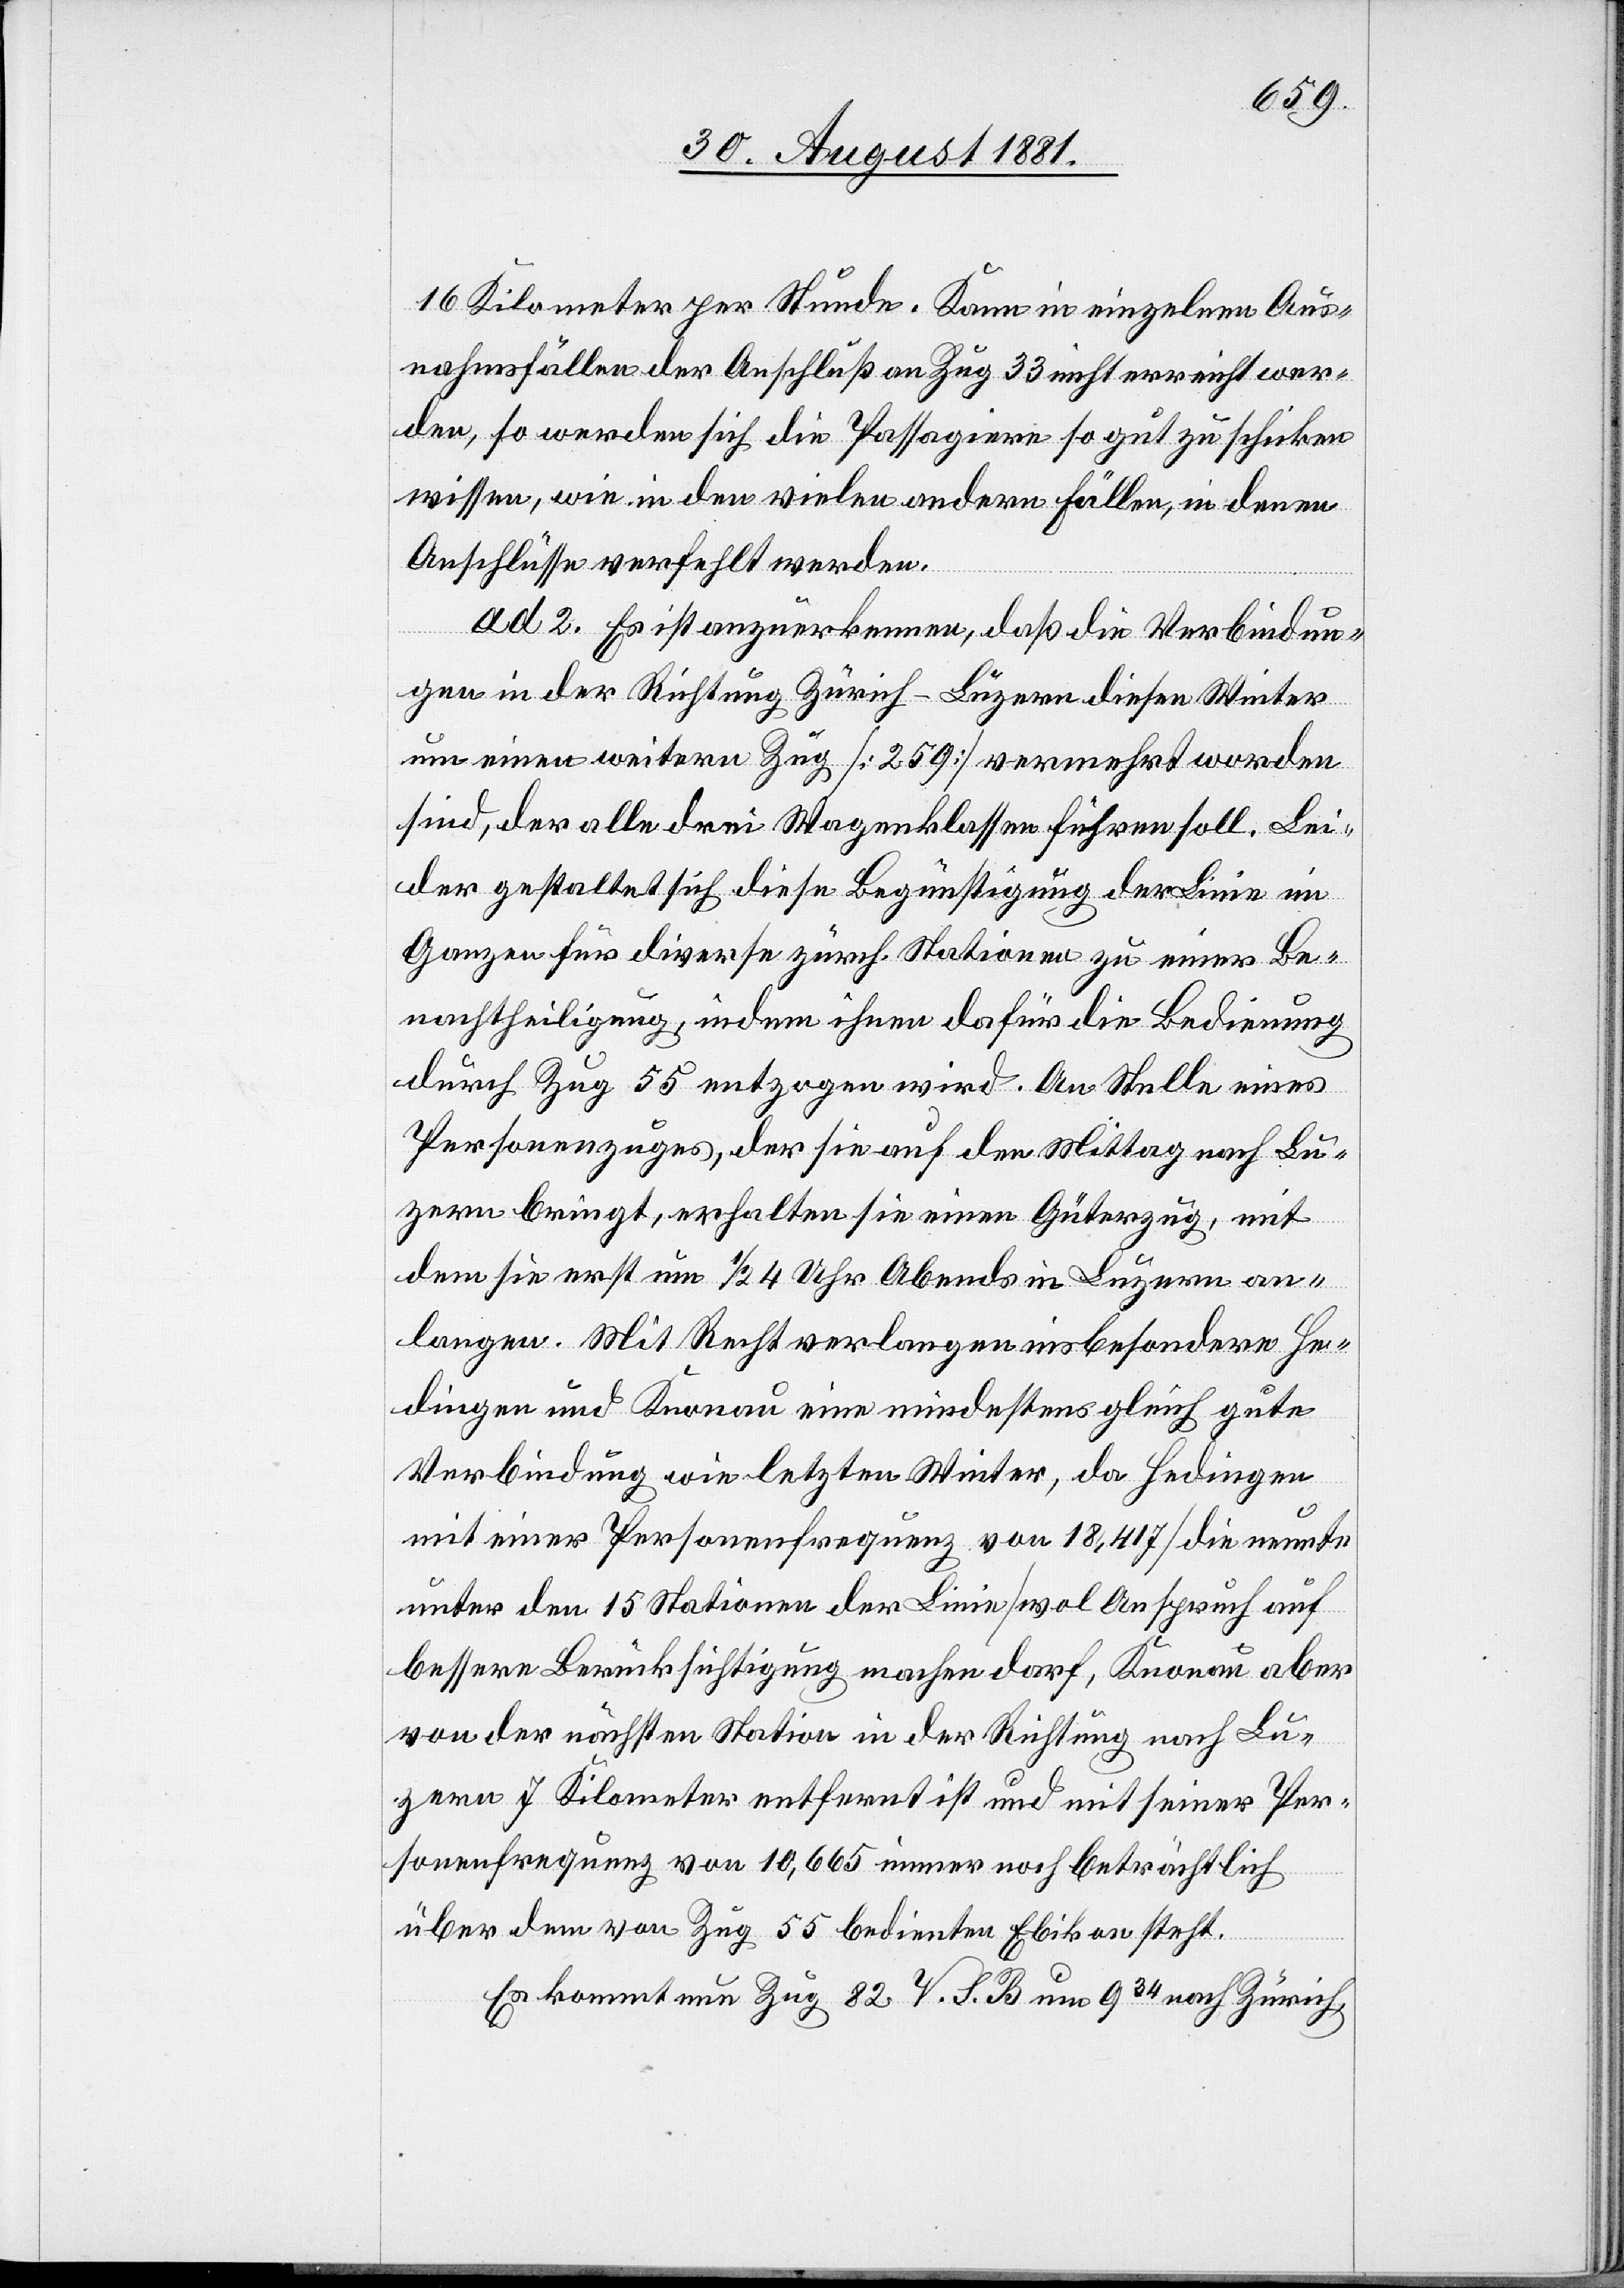
16 Kilometer per Stunde. Kann in einzelnen Aus¬
nahmefällen der Anschluß an Zug 33 nicht erreicht wer¬
den, so werden sich die Passagiere so gut zu schicken
wissen, wie in den vielen andern Fällen, in denen
Anschlüsse verfehlt werden.
ad. 2. Es ist anzumerken, daß die Verbindun¬
gen in der Richtung Zürich–Luzern diesen Winter
um einen weitern Zug [259] vermehrt worden
sind, der alle drei Wagenklassen führen soll. Lei¬
der gestaltet sich diese Begünstigung der Linie im
Ganzen für diversen zürch. Stationen zu einer Be¬
nachtheiligung, indem ihnen dafür die Bedienung
durch Zug 55 entzogen wird. An Stelle eines
Personenzuges, der sie auf den Mittag nach Lu¬
zern bringt, erhalten sie einen Güterzug, mit
dem sie erst um 1/2 4 Uhr Abends in Luzern an¬
langen. Mit Recht verlangen insbesondere He¬
dingen und Knonau eine mindestens gleich gute
Verbindung wie letzten Winter, da Hedingen
mit einer Personenfrequenz von 18,417 [die neunte
unter 15 Stationen der Linie] wol Anspruch auf
bessere Berücksichtigung machen darf, Knonau aber
von der nächsten Station in der Richtung nach Lu¬
zern 7 Kilometer entfernt ist und mit seiner Per¬
sonenfrequenz von 10,665 immer noch beträchtlich
über dem von Zug 55 bedienten Ebikon steht.
Es kommt neu Zug 82 V. S. B. um 934 nach Zürich,